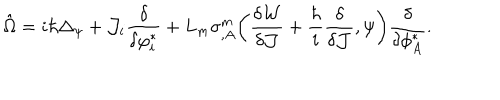
LaTeX: \hat { \Omega } = i \hbar \Delta _ { \psi } + { \cal J } _ { i } \frac { \delta } { \delta \varphi _ { i } ^ { * } } + L _ { m } \sigma _ { , A } ^ { m } \bigg ( \frac { \delta { \cal W } } { \delta { \cal J } } + \frac { \hbar } { i } \frac { \delta } { \delta { \cal J } } , \psi \bigg ) \frac { \delta } { \delta \phi _ { A } ^ { * } } .